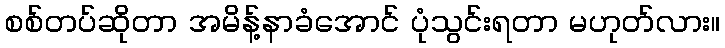
စစ်တပ်ဆိုတာ အမိန့်နာခံအောင် ပုံသွင်းရတာ မဟုတ်လား။